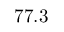
7 7 . 3